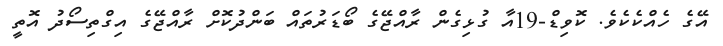
އޭގެ ހެއްކެކެވެ. ކޮވިޑް-19އާ ގުޅިގެން ރާއްޖޭގެ ބޯޑަރުތައް ބަންދުކޮށް ރާއްޖޭގެ އިގްތިސޯދު އޮތީ